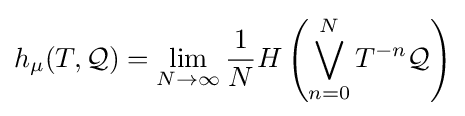
h_{\mu }(T,{\mathcal {Q}})=\lim _{N\rightarrow \infty }{\frac {1}{N}}H\left(\bigvee _{n=0}^{N}T^{-n}{\mathcal {Q}}\right)